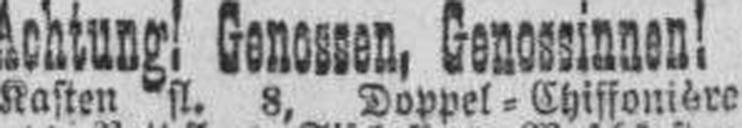
Kasten fl. 8, Doppel=Chiffonière